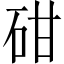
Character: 𥑠